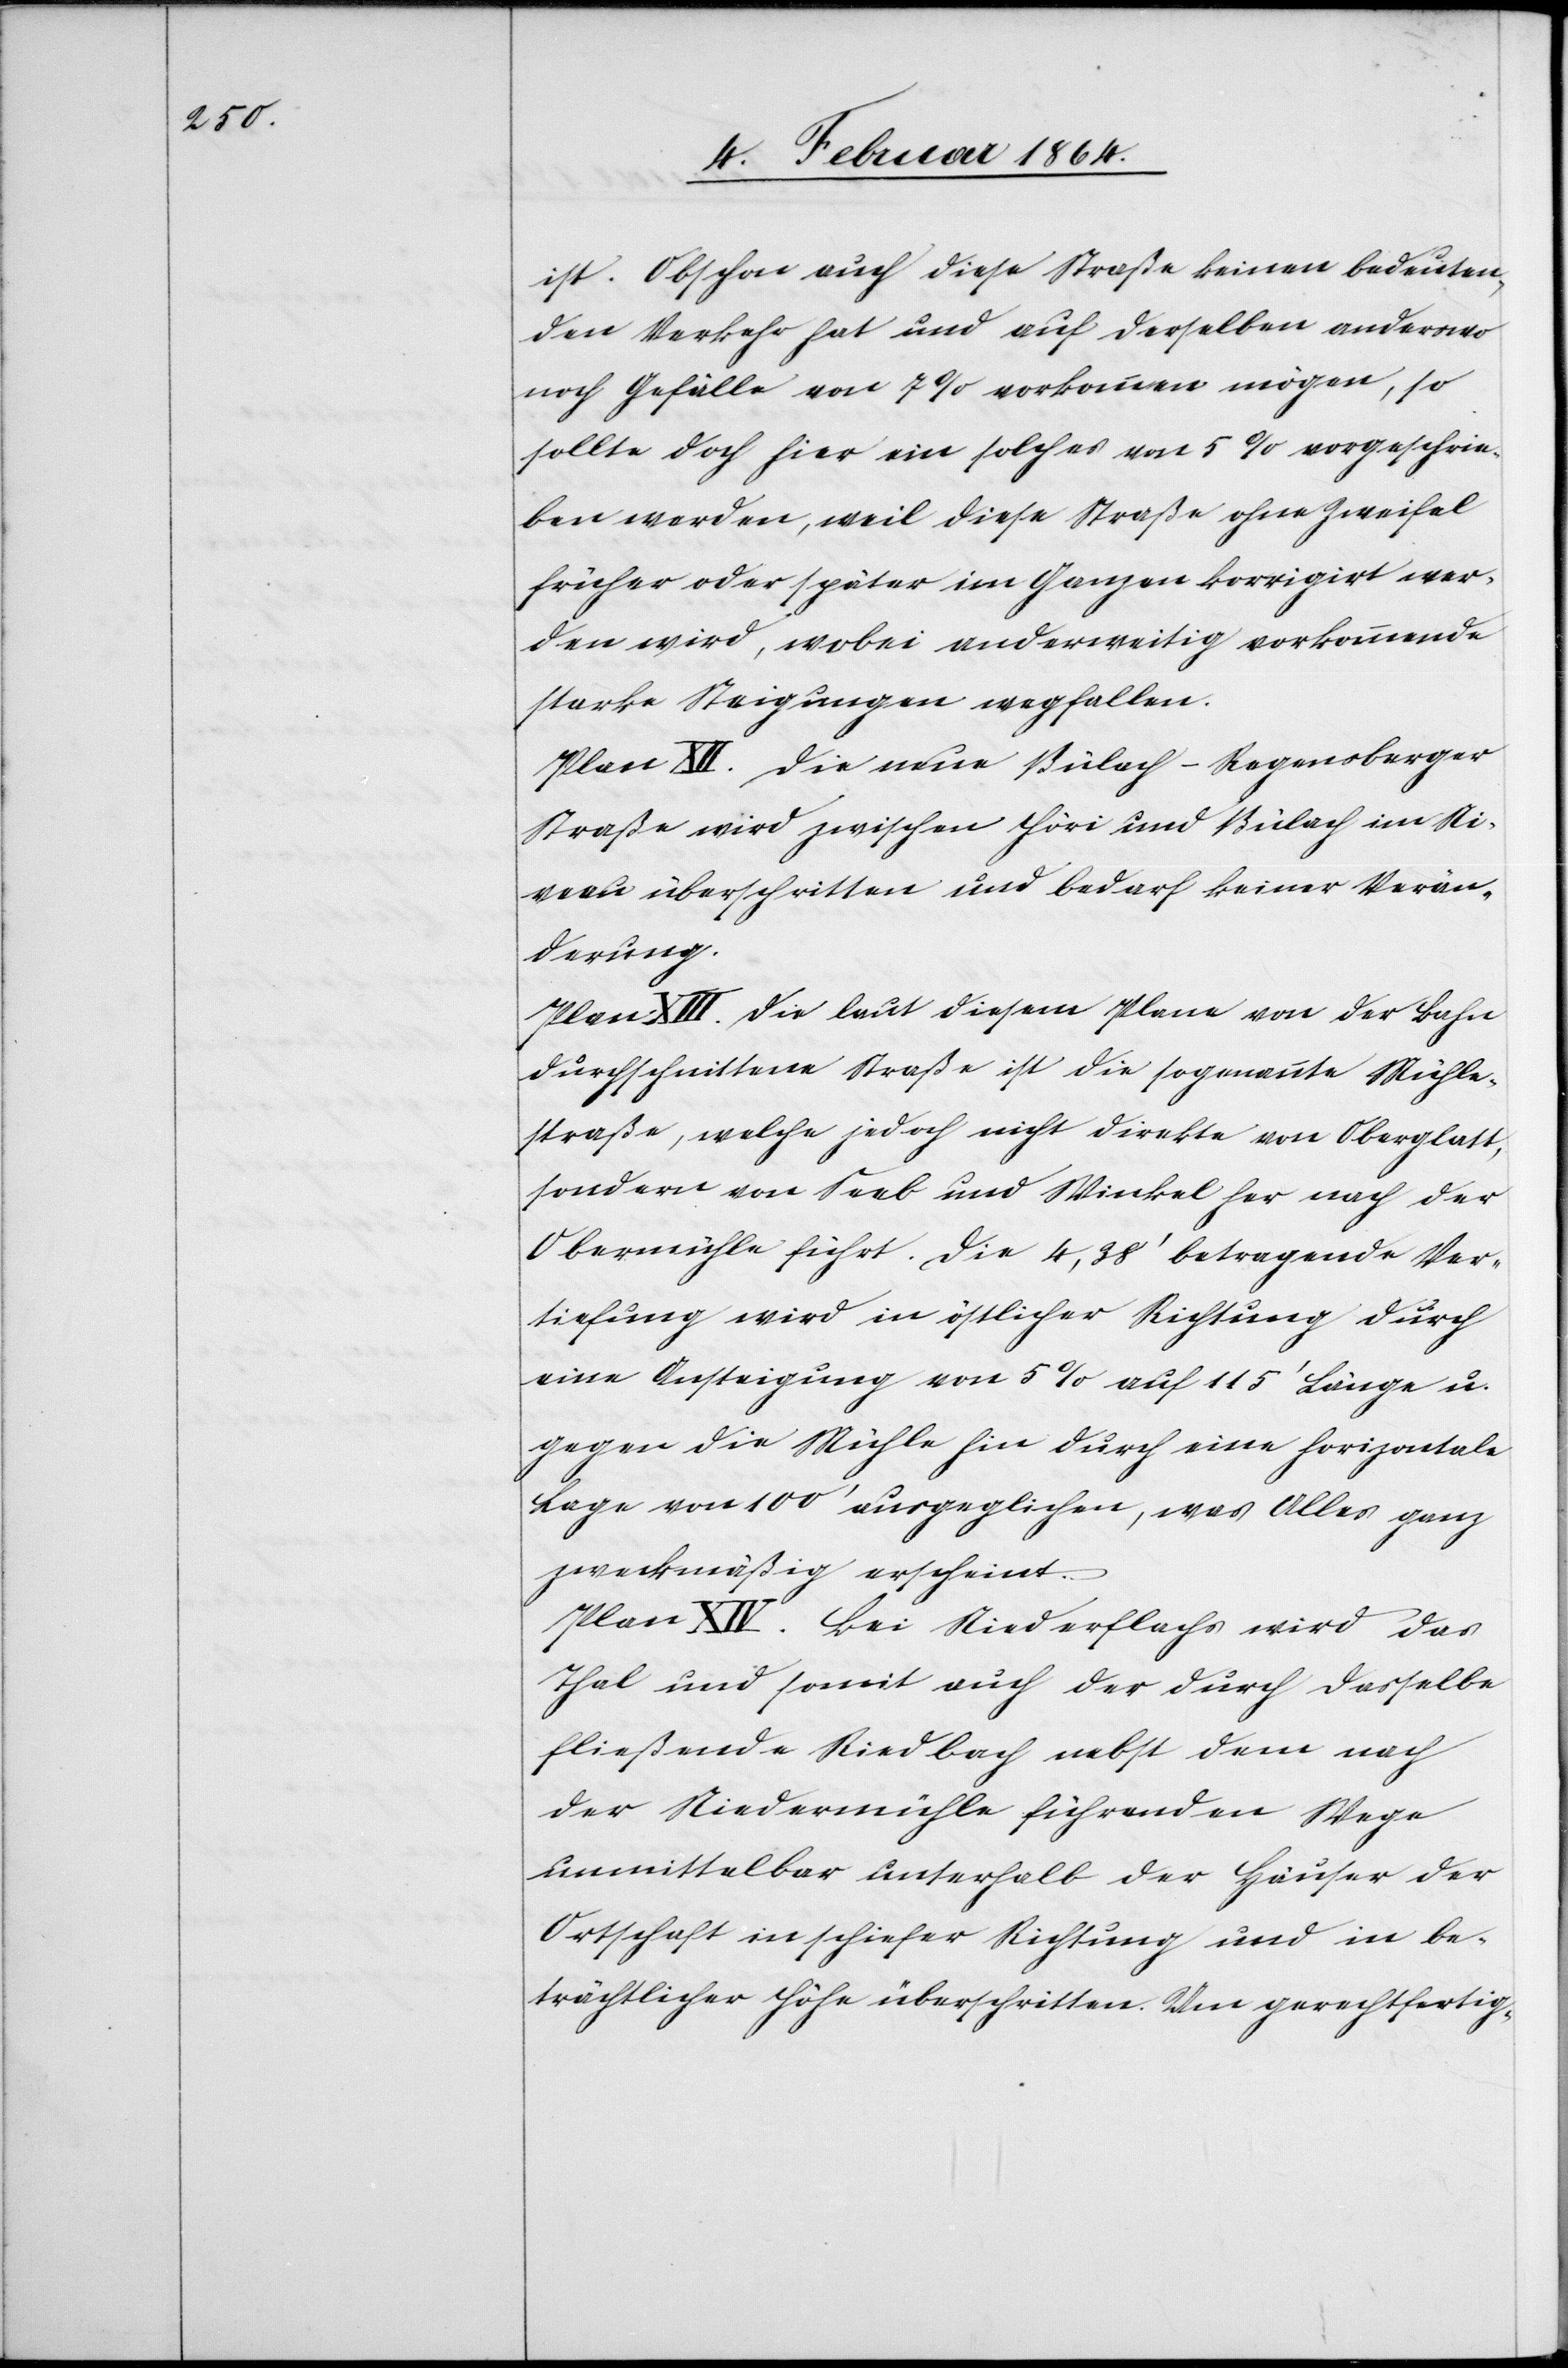
ist. Obschon auch diese Straße keinen bedeuten¬
den Verkehr hat und auf derselben anderswo
noch Gefälle von 7% vorkommen mögen, so
sollte doch hier ein solches von 5% vorgeschrie¬
ben werden, weil diese Straße ohne Zweifel
früher oder später im Ganzen korrigirt wer¬
den wird, wobei anderweitig vorkommende
starke Steigungen wegfallen.
Plan XII. Die neue Bülach-Regensberger
Straße wird zwischen Höri und Bülach im Ni¬
veau überschritten und bedarf keiner Verän¬
derung.
Plan XIII. Die laut diesem Plane von der Bahn
durchschnittene Straße ist die sogenannte Mühle¬
straße, welche jedoch nicht direkte von Oberglatt,
sondern von Seeb und Winkel her nach der
Obermühle führt. Die 4,38’ betragende Ver¬
tiefung wird in östlicher Richtung durch
eine Ansteigung von 5% auf 115’ Länge u.
gegen die Mühle hin durch eine horizontale
Lage von 100’ ausgeglichen, was Alles ganz
zweckmäßig erscheint.
Plan XIV. Bei Niederflachs wird das
Thal und somit auch der durch dasselbe
fließende Riedbach nebst dem nach
der Niedermühle führenden Wege
unmittelbar unterhalb der Häuser der
Ortschaft in schiefer Richtung und in be¬
trächtlicher Höhe überschritten. Um gerechtfertig-